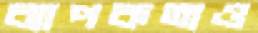
ব্যাপকতাও